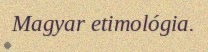
Magyar etimológia.